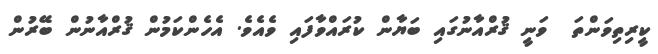
ކީރިތިވަންތަ  ވަނީ ޤުރްއާނުގައި ބަޔާން ކުރައްވާފައި ވެއެވެ. އެހެންކަމުން ޤުރްއާނުން ބޭރުން